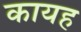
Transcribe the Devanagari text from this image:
कायह